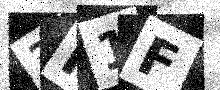
Text: 3P1F